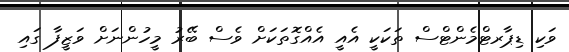
ވަކި ޑިޕާރޓްމެންޓްސް ތަކަކީ އެއީ އެއްގޮތަަަކަށް ވެސް ބޭރު މީހުންނަށް ވަޒީފާ ގައި